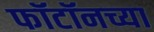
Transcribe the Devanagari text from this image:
फॉटॉनच्या